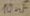
Text: 10µF